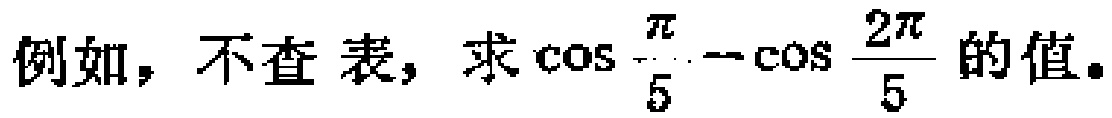
例如，不查表，求\(\cos\frac{\pi}{5}-\cos\frac{2\pi}{5}\)的值。